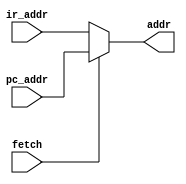
`timescale 1 ns / 1 ns
module adr(addr,fetch,ir_addr,pc_addr);
output [12:0] addr;
input [12:0] ir_addr,pc_addr;
input fetch;


assign addr =fetch? pc_addr:ir_addr;

endmodule